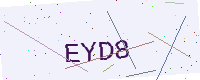
Text: EYD8